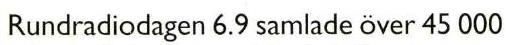
 Rundradiodagen 6.9 samlade över 45 000